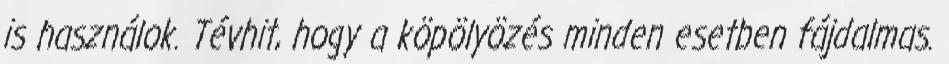
is használok. Tévhit, hogy a köpölyözés minden esetben fájdalmas.